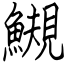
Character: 䲅